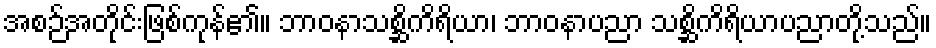
အစဉ်အတိုင်းဖြစ်ကုန်၏။ ဘာဝနာသစ္ဆိကိရိယာ၊ ဘာဝနာပညာ သစ္ဆိကိရိယာပညာတို့သည်။